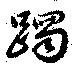
躅